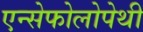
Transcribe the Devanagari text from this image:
एन्सेफोलोपेथी